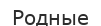
Родные